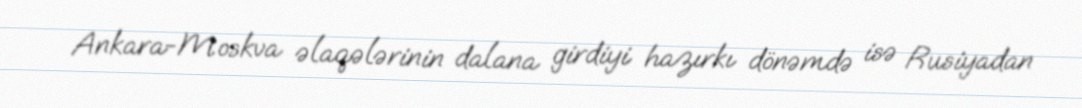
Ankara-Moskva əlaqələrinin dalana girdiyi hazırkı dönəmdə isə Rusiyadan